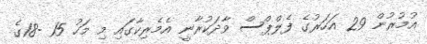
އުމުރުން 29 އަހަރުގެ ފެލްްޕްސް ވާދަކުރާނީ އެމެރިކާގައި މި މަހު 15 -18ގެ